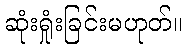
ဆုံးရှုံးခြင်းမဟုတ်။